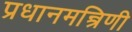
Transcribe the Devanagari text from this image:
प्रधानमन्त्रिणी